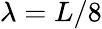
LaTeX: \lambda=L/8